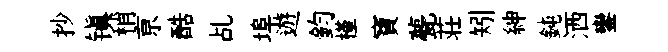
抄镇稍亰酷乩埠遊鈞槿寶甍荘矧紳鈍洒鑾